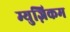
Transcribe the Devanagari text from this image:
म्युज़िकम